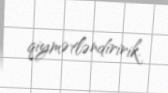
qiymətləndiririk.